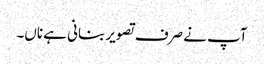
آپ نے صرف تصویر بنانی ہے ناں۔